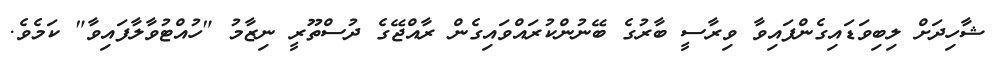
ޝާހިދަށް ލިބިވަޑައިގެންފައިވާ ވިރާސީ ބާރުގެ ބޭނުންކުރައްވައިގެން ރާއްޖޭގެ ދުސްތޫރީ ނިޒާމު "ހުއްޓުވާލާފައިވާ" ކަމެވެ.